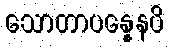
သောတာပန္နေနပိ